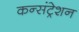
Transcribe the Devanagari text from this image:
कन्संट्रेशन